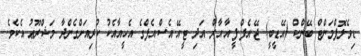
ޑިވެލޮޕްމަންޓް ބޭންކް (އޭޑީބީ) ޖޭ.އެފް.ފީ.އާ.އާރް އަދި ޓީ.އޭ.އެސް.އެފްގެ އެހީއާއެކު ކުރިއަށްގެންދާ މަޝްރޫޢު އެކެވެ.